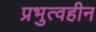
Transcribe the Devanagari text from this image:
प्रभुत्वहीन